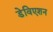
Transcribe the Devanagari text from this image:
डेविएशन